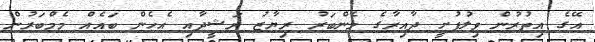
އޭގެ އިތުރުން ވިލުފުށީ ދާއިރާގެ މެންބަރު ރިޔާޒު ރަޝީދާއި އެހެން ބައެއް މެމްބަރުން